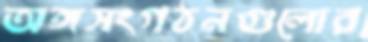
অঙ্গসংগঠনগুলোর